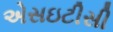
એસઇટીસી